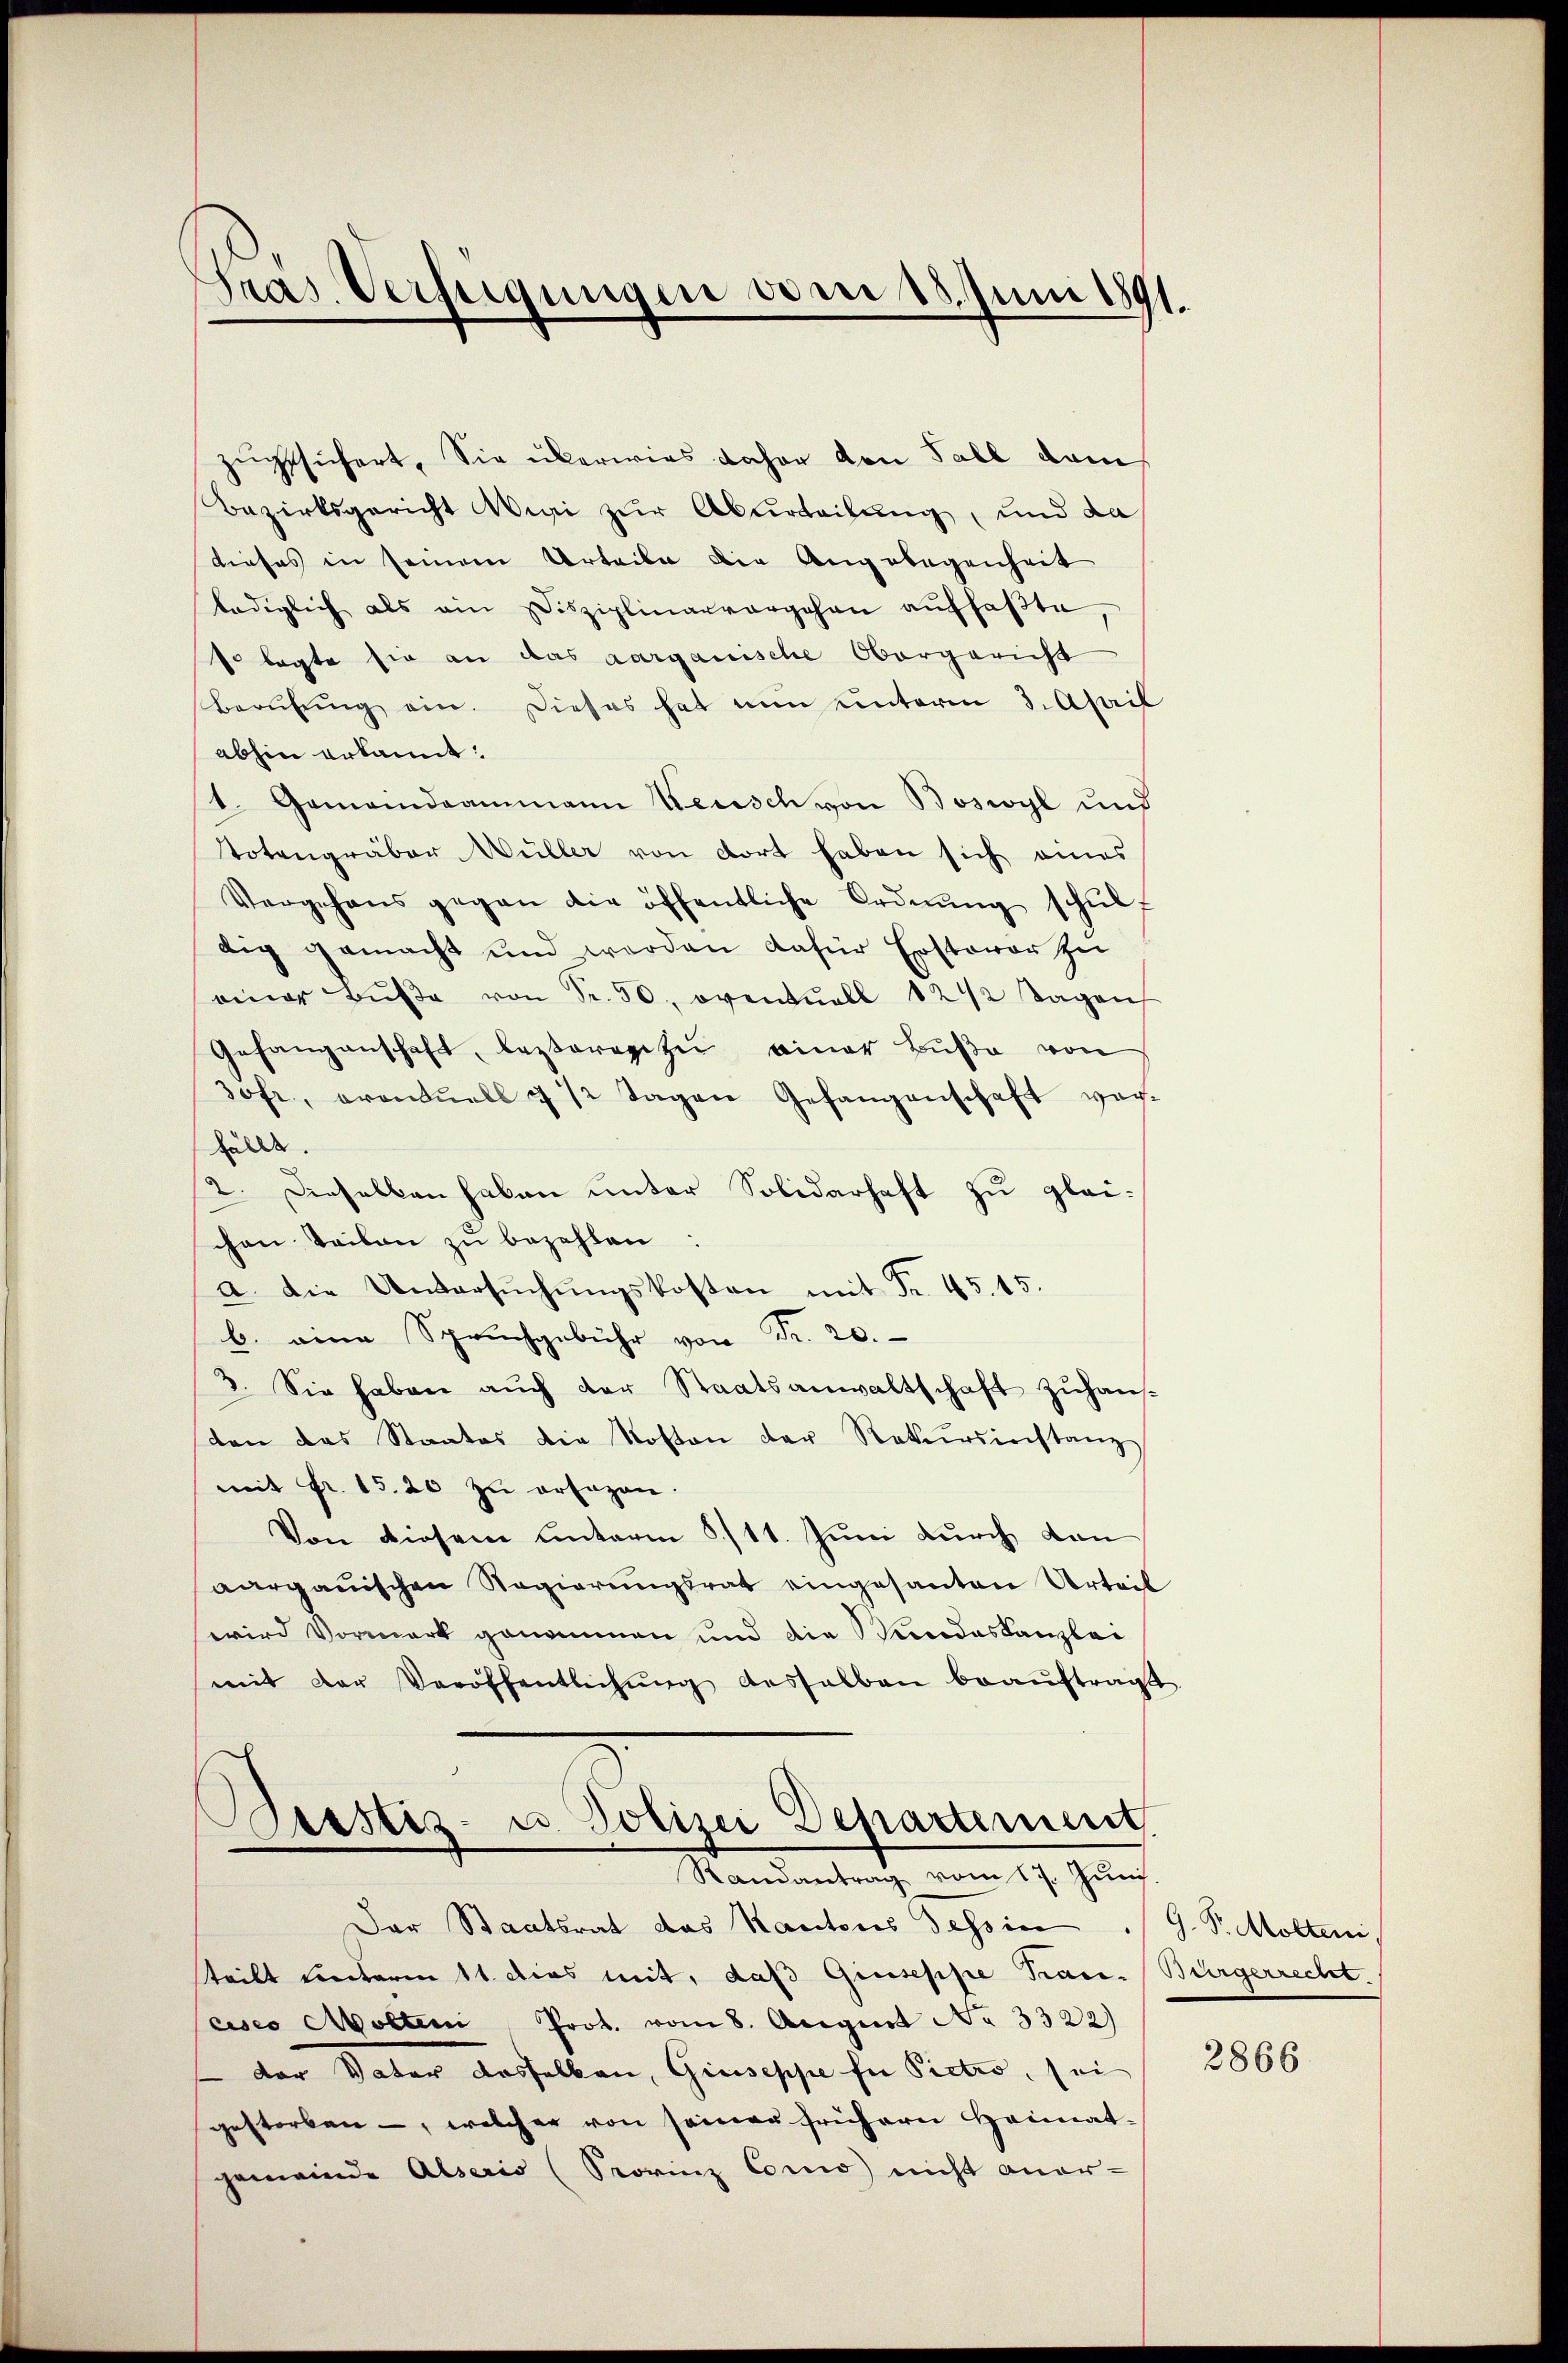
Pras. Verfügungen vom 15. Juni 1891.

zugssufert. Sie überwies daher den Fall dam
Bezirksgericht irri zur Aburteilung, und da
dieses in seinem Urteile die Angelegenheit
lediglich als ein Disziplinarvorgehen aŭffaβte,
so legte sie an das aargauische Obergericht
Berufung ein. Dieses hat nun unterm 3. April
abhin erkannt:
1. Gemeindeammann Keusch von Boswyl und
Totengräber Müller von dort haben sich eines
Vergehens gegen die öffentliche Ordnŭng schŭlf
dig gemacht und werden dafür Ersterer zu
einer Bŭβe von Fr. 50, oventuell 1242 Tagen
Gefangenschaft, besterage zu einer Bŭβe von
30fr., erontuell & 12 Tagen Gefangenschaft verfulle.
2. Dieselben haben unter Solidarhaft zu glei-
chen Teilen zu bezahlen
a. Die Untersŭchŭngskosten mit Fr. 45. 15.
b. eine Spruchgebühr von Fr. 20.
3. Sie haben auch der Staatsanwaltschaft zuhausten das Staates die Kosten der Rekursinstanz
mit Fr. 15. 20 zu ersagen.
Von diesem unterm 6./11. Juni durch den
aargauischen Regierungsrat eingesanten Urteil
wird Vormark genommen und die Kindeskanzlei-
mit der Veröffentlichŭng deshalben beaŭftragt

Desstiz- u. Polizei Departement
Randantrag vom 17. Juni.

Der Staatsrat das Kantons Tessin . G. P. Molten,
teilt unterm 11. dies mit, daß Giuseppe Prau. Bürgerrecht
cisco Apolten Prot. vom 8. August No 3322)
der Vater dasselben, Giuseppe für Pictro, sei
gestorben -, welcher von seiner frühern Heimatgemeinde Alseris (Sorinz Como nicht aner-

2866